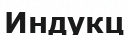
Индукц